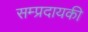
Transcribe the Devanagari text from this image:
सम्प्रदायकी